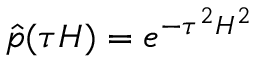
\hat { p } ( \tau H ) = e ^ { - \tau ^ { 2 } H ^ { 2 } }